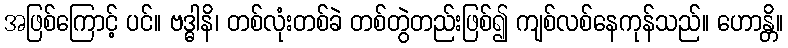
အဖြစ်ကြောင့် ပင်။ ဗဒ္ဓါနိ၊ တစ်လုံးတစ်ခဲ တစ်တွဲတည်းဖြစ်၍ ကျစ်လစ်နေကုန်သည်။ ဟောန္တိ။